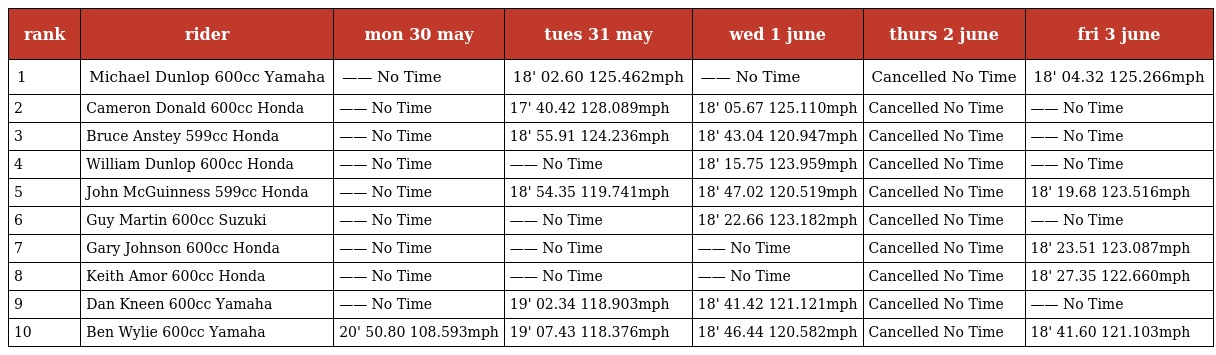
| rank | rider | mon 30 may | tues 31 may | wed 1 june | thurs 2 june | fri 3 june |
 | --- | --- | --- | --- | --- | --- | --- |
 | 1 | Michael Dunlop 600cc Yamaha | —— No Time | 18' 02.60 125.462mph | —— No Time | Cancelled No Time | 18' 04.32 125.266mph |
 | 2 | Cameron Donald 600cc Honda | —— No Time | 17' 40.42 128.089mph | 18' 05.67 125.110mph | Cancelled No Time | —— No Time |
 | 3 | Bruce Anstey 599cc Honda | —— No Time | 18' 55.91 124.236mph | 18' 43.04 120.947mph | Cancelled No Time | —— No Time |
 | 4 | William Dunlop 600cc Honda | —— No Time | —— No Time | 18' 15.75 123.959mph | Cancelled No Time | —— No Time |
 | 5 | John McGuinness 599cc Honda | —— No Time | 18' 54.35 119.741mph | 18' 47.02 120.519mph | Cancelled No Time | 18' 19.68 123.516mph |
 | 6 | Guy Martin 600cc Suzuki | —— No Time | —— No Time | 18' 22.66 123.182mph | Cancelled No Time | —— No Time |
 | 7 | Gary Johnson 600cc Honda | —— No Time | —— No Time | —— No Time | Cancelled No Time | 18' 23.51 123.087mph |
 | 8 | Keith Amor 600cc Honda | —— No Time | —— No Time | —— No Time | Cancelled No Time | 18' 27.35 122.660mph |
 | 9 | Dan Kneen 600cc Yamaha | —— No Time | 19' 02.34 118.903mph | 18' 41.42 121.121mph | Cancelled No Time | —— No Time |
 | 10 | Ben Wylie 600cc Yamaha | 20' 50.80 108.593mph | 19' 07.43 118.376mph | 18' 46.44 120.582mph | Cancelled No Time | 18' 41.60 121.103mph |